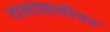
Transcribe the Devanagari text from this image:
रास्टाफ़ारियन